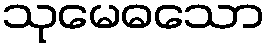
သုမေဓသော